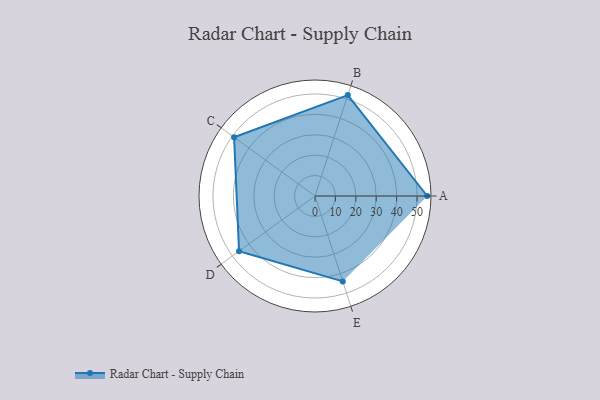
{"axis": {"x": "Skill", "y": "Score"}, "legend": ["Profile"], "data": [{"x": "A", "y": 55.0, "type": "Profile"}, {"x": "B", "y": 52.0, "type": "Profile"}, {"x": "C", "y": 49.0, "type": "Profile"}, {"x": "D", "y": 46.0, "type": "Profile"}, {"x": "E", "y": 44.0, "type": "Profile"}]}